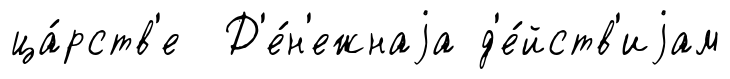
ца́рств'е Д'е́н'ежнаjа д'е́йств'иjам